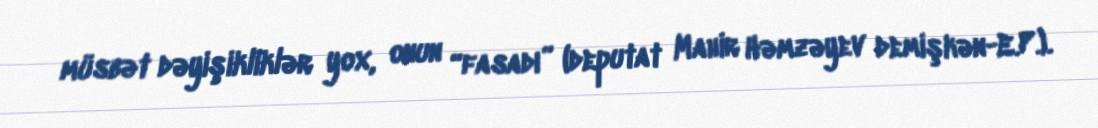
müsbət dəyişikliklər yox, onun “fasadı” (deputat Mahir Həmzəyev demişkən-E.P.).